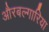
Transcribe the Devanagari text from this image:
औरबल्गारिया